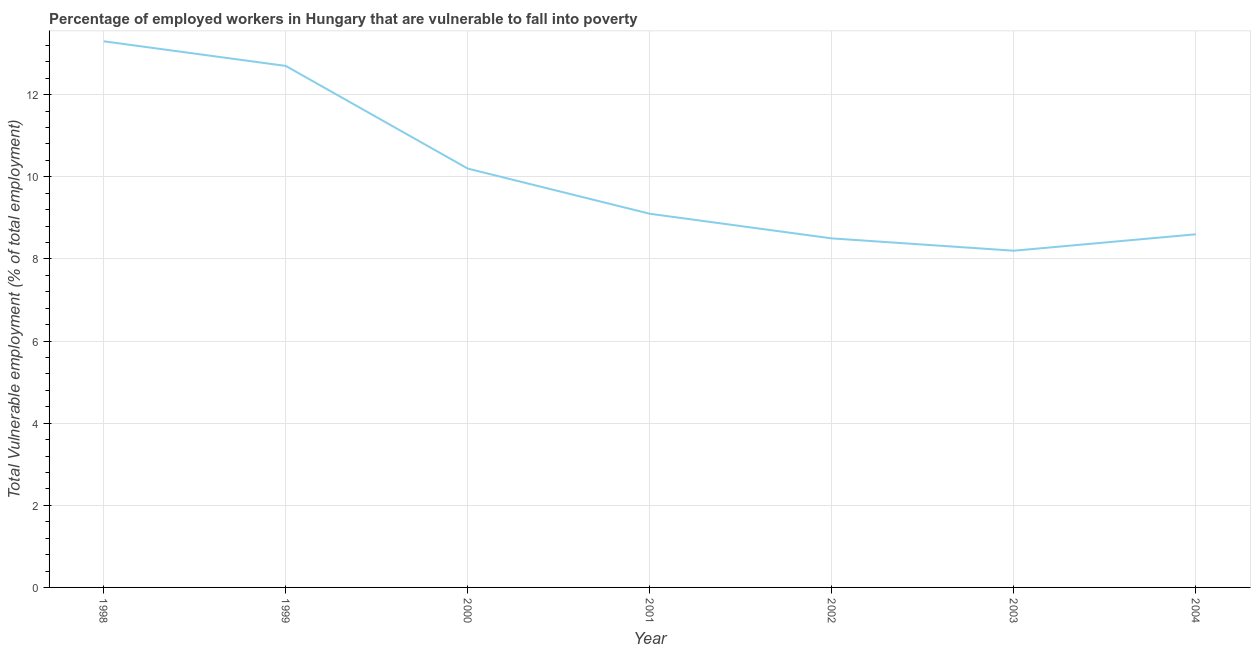
| Year | Vulnerable employment |
 | --- | --- |
 | 1998 | 13.3 |
 | 1999 | 12.7 |
 | 2000 | 10.2 |
 | 2001 | 9.1 |
 | 2002 | 8.5 |
 | 2003 | 8.2 |
 | 2004 | 8.6 |